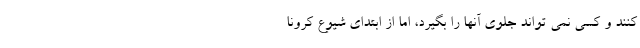
کنند و کسی نمی تواند جلوی آنها را بگیرد، اما از ابتدای شیوع کرونا